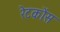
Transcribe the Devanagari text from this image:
रेटकोंस